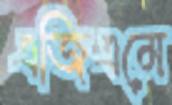
এজিএমে